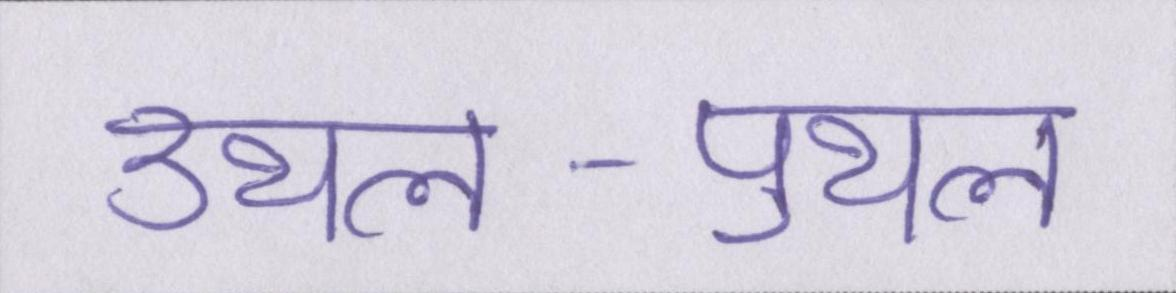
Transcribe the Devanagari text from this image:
उथल-पुथल